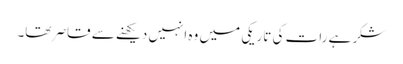
شکر ہے رات کی تاریکی میں وہ انہیں دیکھنے سے قاصر تھا۔